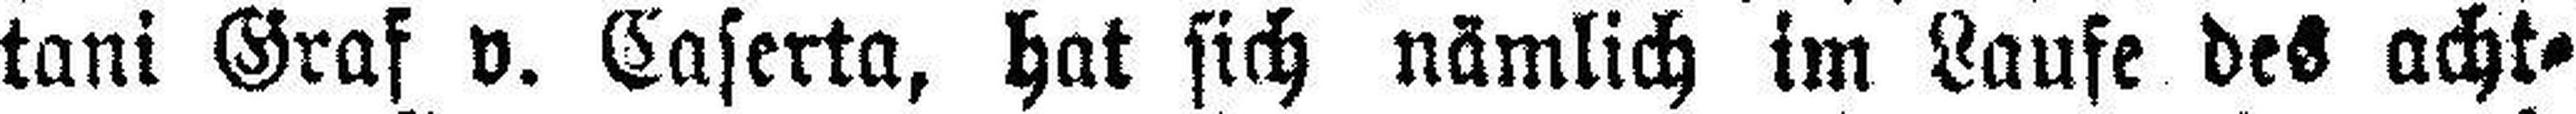
tani Graf v. Caserta, hat sich nämlich im Laufe des acht¬